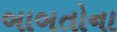
બાબતોના